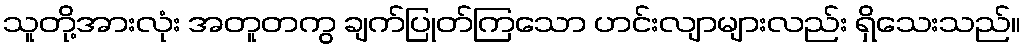
သူတို့အားလုံး အတူတကွ ချက်ပြုတ်ကြသော ဟင်းလျာများလည်း ရှိသေးသည်။